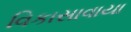
વિકાસાવાયા